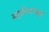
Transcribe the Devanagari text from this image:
समुद्रकिनारेसुद्धा